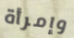
وإمرأة